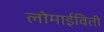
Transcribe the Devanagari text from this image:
लोमाईविती